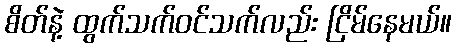
စိတ်နဲ့ ထွက်သက်ဝင်သက်လည်း ငြိမ်နေမယ်။